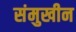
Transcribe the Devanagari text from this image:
संमुखीन